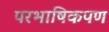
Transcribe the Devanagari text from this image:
परभाषिकपण